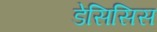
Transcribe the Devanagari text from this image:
डेसिसिस